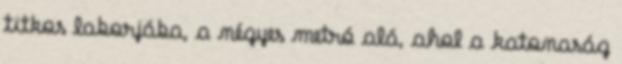
titkos laborjába, a négyes metró alá, ahol a katonaság